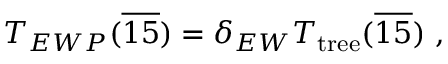
T _ { E W P } ( { \overline { { { 1 5 } } } } ) = \delta _ { E W } T _ { \mathrm { t r e e } } ( { \overline { { { 1 5 } } } } ) ~ ,